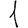
Digit: 1